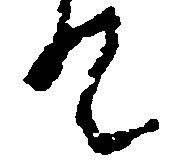
て